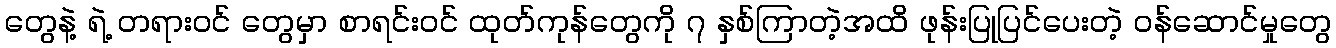
တွေနဲ့ ရဲ့ တရားဝင် တွေမှာ စာရင်းဝင် ထုတ်ကုန်တွေကို ၇ နှစ်ကြာတဲ့အထိ ဖုန်းပြုပြင်ပေးတဲ့ ဝန်ဆောင်မှုတွေ